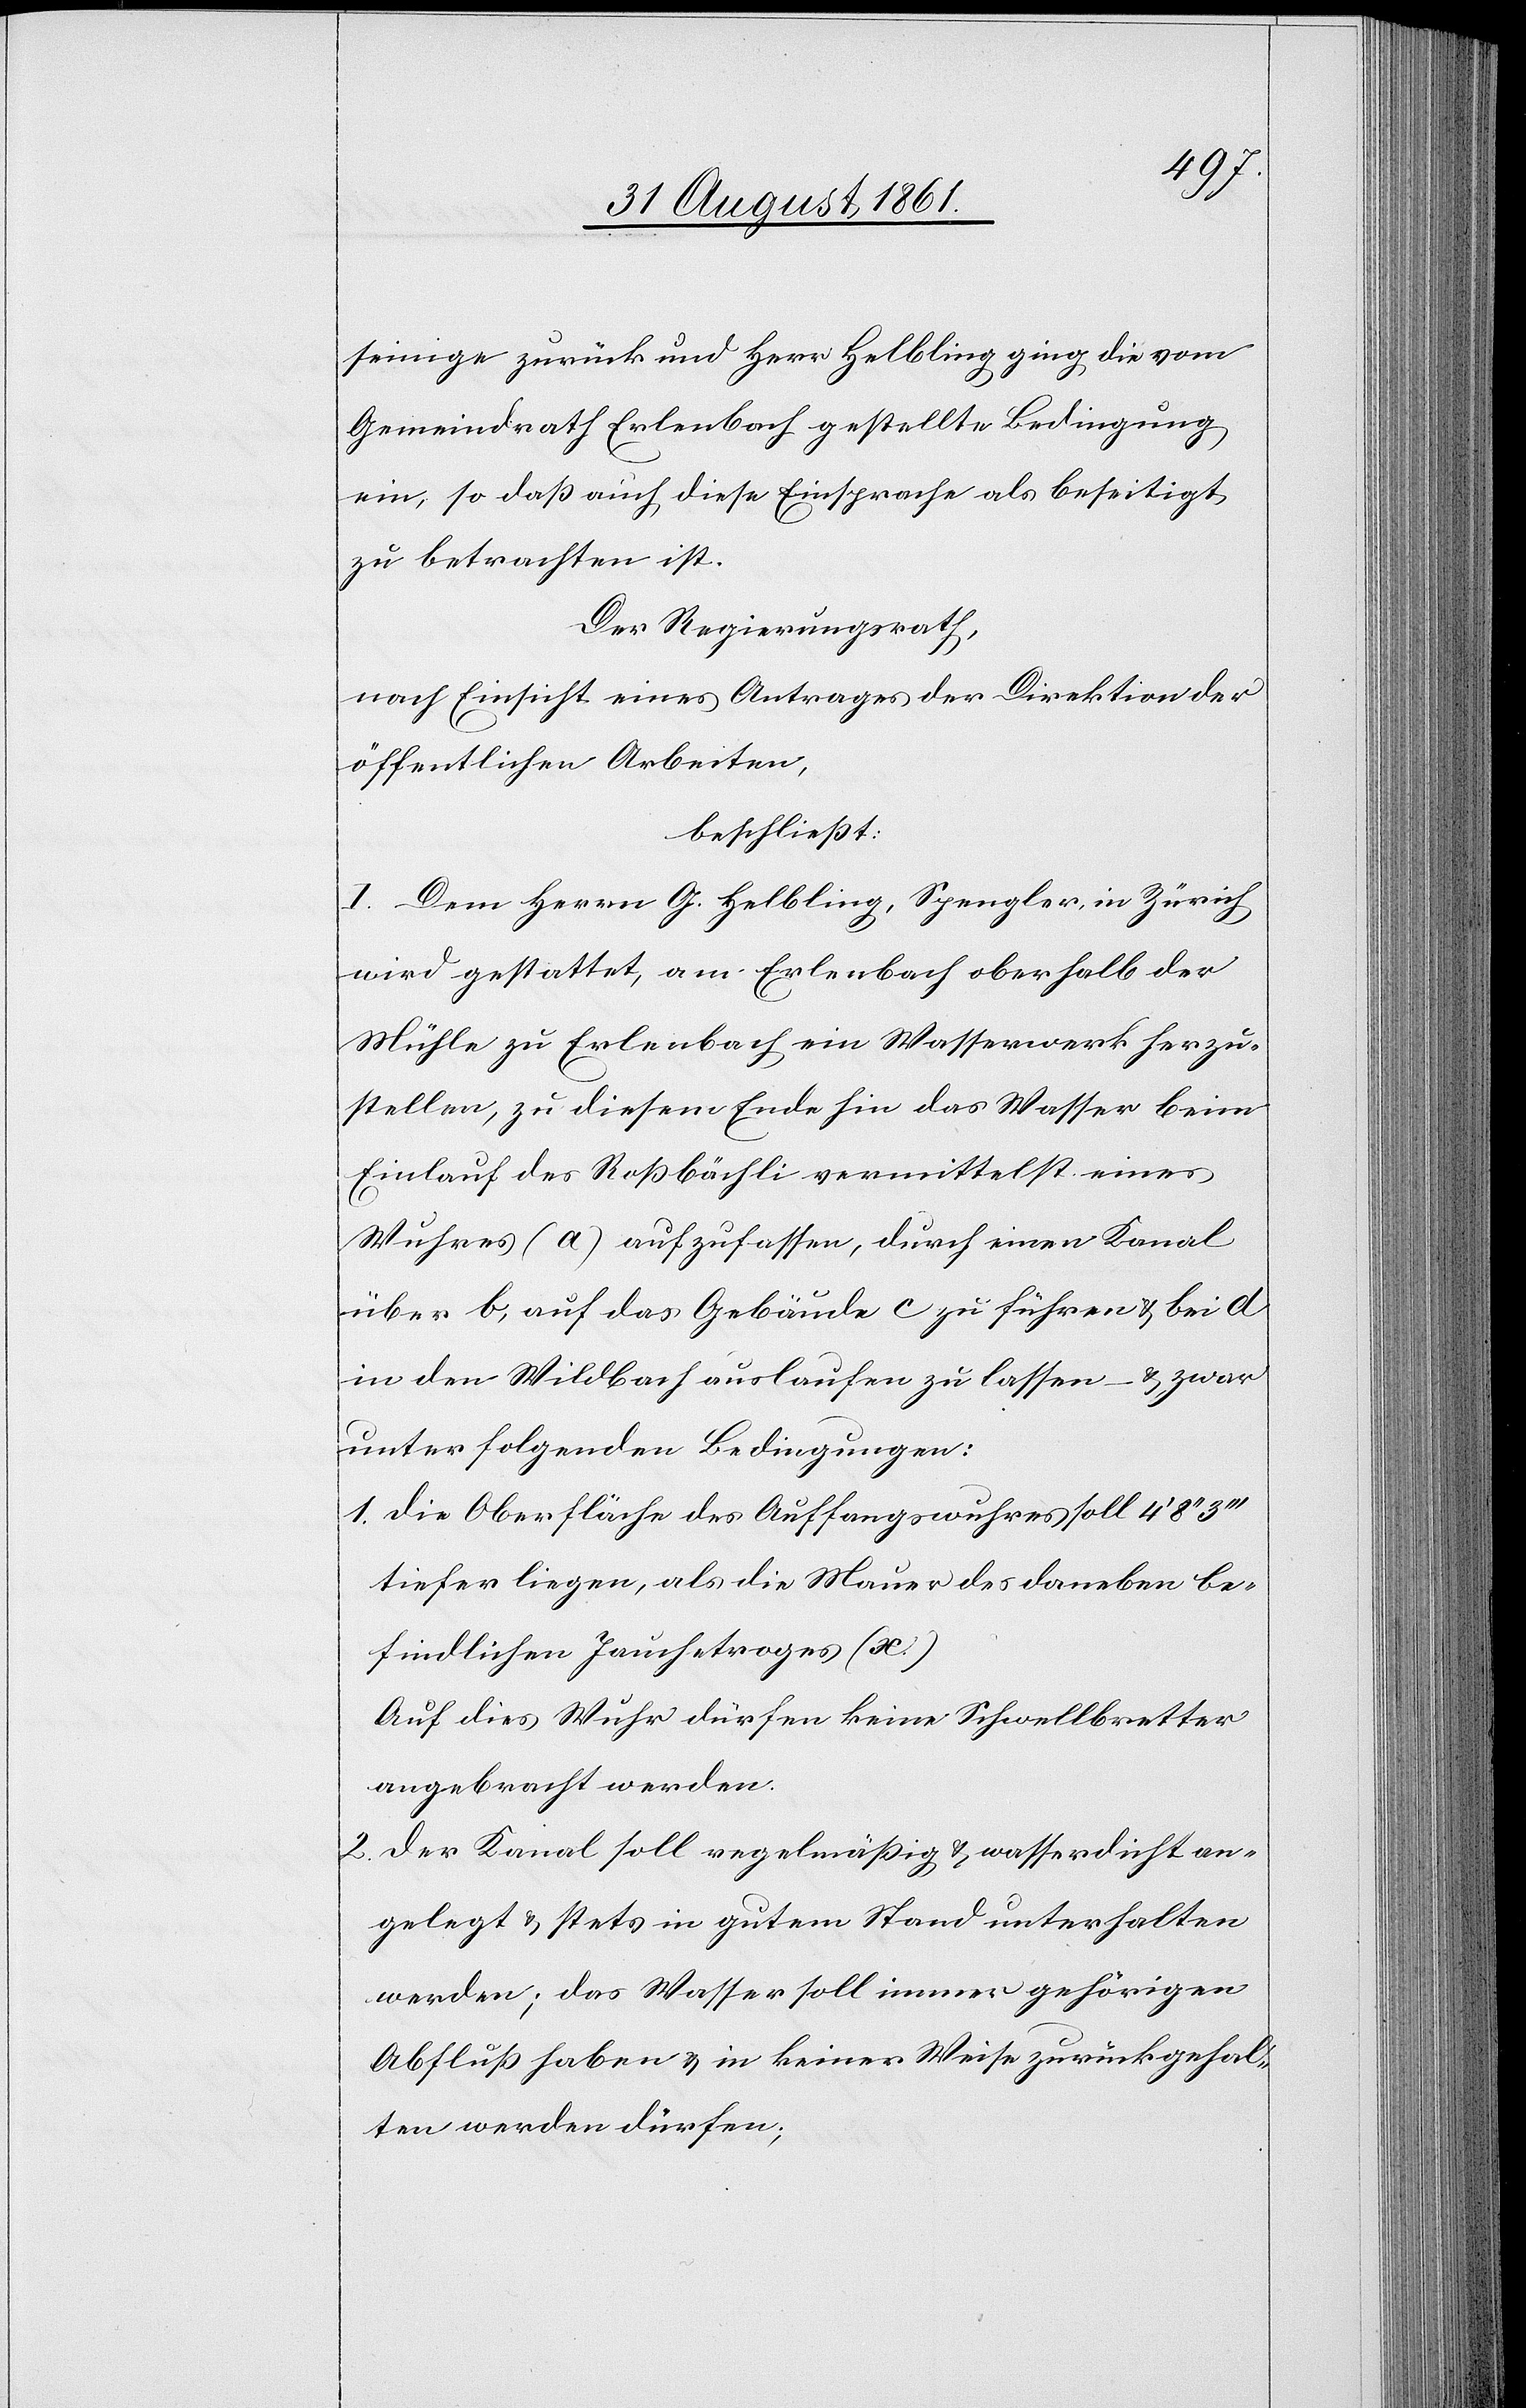
seinige zurück und Herr Helbling ging die vom
Gemeindrath Erlenbach gestellte Bedingung
ein, so daß auch diese Einsprache als beseitigt
zu betrachten ist.
Der Regierungsrath,
nach Einsicht eines Antrages der Direktion der
öffentlichen Arbeiten,
beschließt:
I. Dem Herrn G. Helbling, Spengler, in Zürich
wird gestattet, am Erlenbach oberhalb der
Mühle zu Erlenbach ein Wasserwerk herzu¬
stellen, zu diesem Ende hin das Wasser beim
Einlauf des Roßbächli vermittelst eines
Wuhres (a) aufzufassen, durch einen Kanal
über b, auf das Gebäude c zu führen u. bei d
in den Wildbach auslaufen zu lassen – u. zwar
unter folgenden Bedingungen:
1. Die Oberfläche des Auffangswuhres soll 4‘
tiefer liegen, als die Mauer des daneben be¬
findlichen Jauchetroges (x.)
Auf dies Wuhr dürfen keine Schwellbretter
angebracht werden.
2. Der Kanal soll regelmäßig u. wasserdicht an¬
gelegt u. stets in gutem Stand unterhalten
werden; das Wasser soll immer gehörigen
Abfluß haben u. in keiner Weise zurückgehal¬
ten werden dürfen;